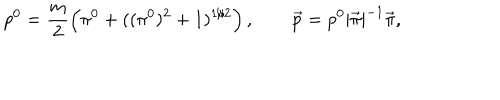
p ^ { 0 } = \frac m 2 \left( \pi ^ { 0 } + ( ( \pi ^ { 0 } ) ^ { 2 } + 1 ) ^ { 1 / 2 } \right) , \qquad \vec { p } = p ^ { 0 } | \vec { \pi } | ^ { - 1 } \vec { \pi } ,